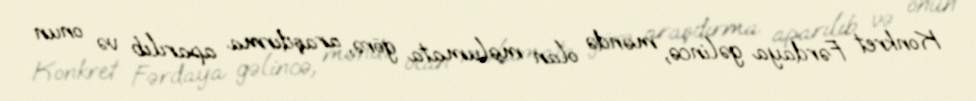
Konkret Fərdaya gəlincə, məndə olan məlumata görə, araşdırma aparılıb və onun